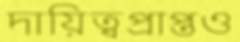
দায়িত্বপ্রাপ্তও